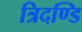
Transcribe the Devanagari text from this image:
त्रिदण्डि